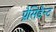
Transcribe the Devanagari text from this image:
प्रैसिडैन्ट